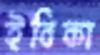
ইবিকা